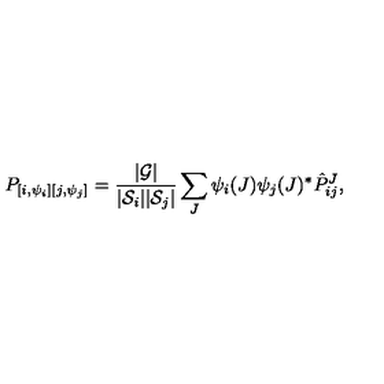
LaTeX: P _ { [ { i } , \psi _ { i } ] [ { j } , \psi _ { j } ] } = { \frac { | { \cal G } | } { | { \cal S } _ { i } | | { \cal S } _ { j } | } } \sum _ { J } \psi _ { i } ( J ) \psi _ { j } ( J ) ^ { * } \hat { P } _ { { i } { j } } ^ { J } ,